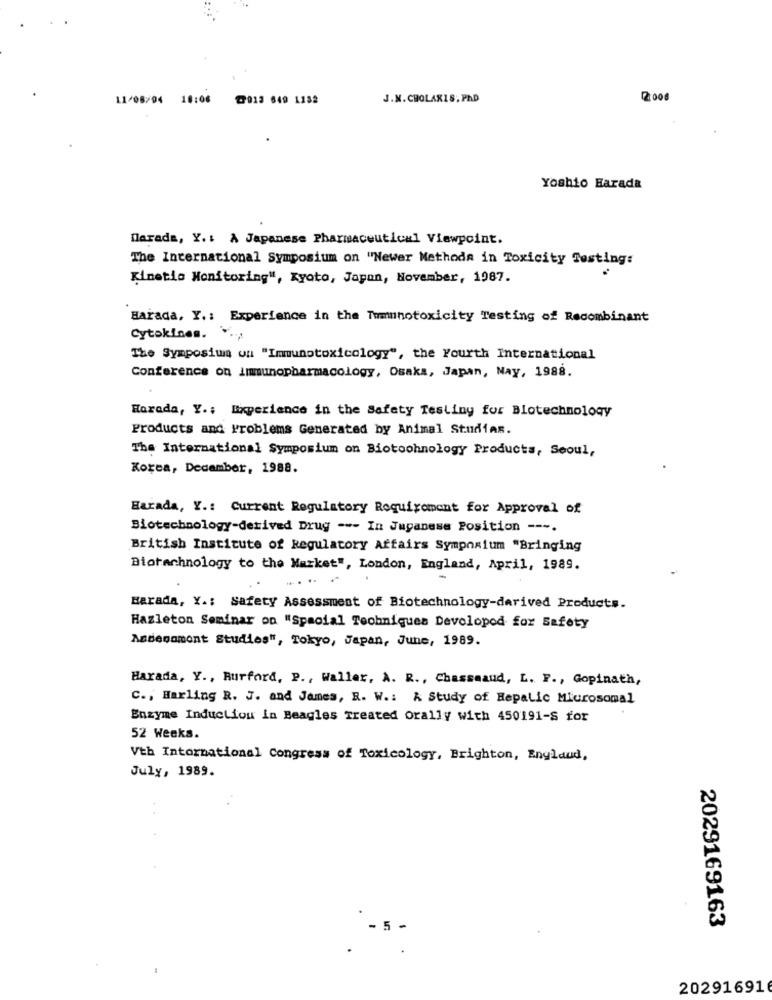
11/08/94 18:06
@013 649 1132
J.M.CHOLARIS. PAD
2008
Yoshio Harada
farade, Y .: A Japanese Pharmaceutical Viewpoint.
The International Symposium on "Newer Methods in Toxicity Testing:
Kinetic Monitoring", Kyoto, Japan, November, 1987.
Harada, Y .: Experience in the Tomunotoxicity Testing of Recombinant
Cytokines. ....
The Symposium on "Immunotoxicology", the Fourth International
Conference on Immunopharmacology, Osaka, Japan, Nay, 1988.
Horada, Y .; Experience in the Safety Testing for Biotechnology
Products and Problems Generated by Animal StudiAs.
The International Symposium on Biotoohnology Products, Seoul,
Korea, December, 1988.
Harada, Y .: Current Regulatory Requirement for Approval of
Biotechnology-derived Drug --- In Japanese Position ---.
British Institute of Regulatory Affairs Symposium "Bringing
Biotechnology to the Market", London, England, April, 1989.
Harada, Y .: Safety Assessment of Biotechnology-derived Products.
Hazleton Seminar on "Spacial Techniques Devolopod for Safety
Andenamont Studies", Tokyo, Japan, June, 1989.
Harada, Y ., Burford, P ., Waller, A. R ., Chassmaud, L. F ., Gopinath,
C ., Harling R. J. and James, R. W .: A Study of Hepatic Microsomal
Enzyme Induction in Beagles Treated orally with 450191-S for
52 Weeks.
Vth International Congress of Toxicology, Brighton, Enylaud,
July, 1989.
2029169163
. 5
202916916